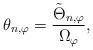
LaTeX: \begin{align*}\theta_{n,\varphi}=\frac{\tilde\Theta_{n,\varphi}}{\Omega_\varphi},\end{align*}